Report on vaccination in Madras 1922-1929 - 1922-1929
Year: 1922
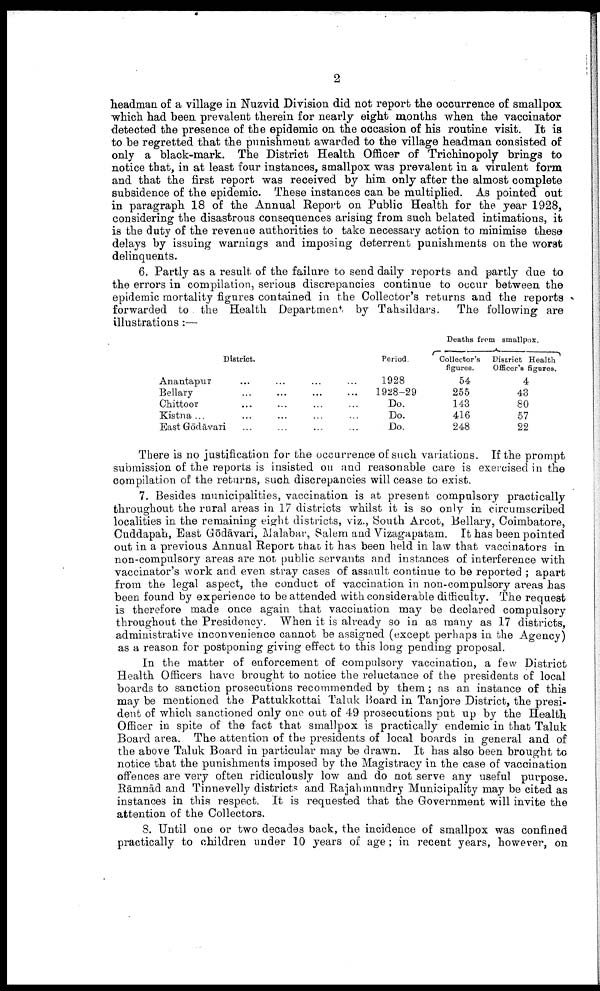
2
headman of a village in Nuzvid Division did not report the occurrence of smallpox
which had been prevalent therein for nearly eight months when the vaccinator
detected the presence of the epidemic on the occasion of his routine visit. It is
to be regretted that the punishment awarded to the village headman consisted of
only a black-mark. The District Health Officer of Trichinopoly brings to
notice that, in at least four instances, smallpox was prevalent in a virulent form
and that the first report was received by him only after the almost complete
subsidence of the epidemic. These instances can be multiplied. As pointed out
in paragraph 18 of the Annual Report on Public Health for the year 1928,
considering the disastrous consequences arising from such belated intimations, it
is the duty of the revenue authorities to take necessary action to minimise these
delays by issuing warnings and imposing deterrent punishments on the worst
delinquents.
6. Partly as a result of the failure to send daily reports and partly due to
the errors in compilation, serious discrepancies continue to occur between the
epidemic mortality figures contained in the Collector's returns and the reports
forwarded to the Health Department by Tahsildars. The following are
illustrations :—
District.
Anantapur ... ... ... ...
Bellary ... ... ... ...
Chittoor ... ... ... ...
Kistna ... ... ... ... ...
East Gōdāvari ... ... ... ...
Period.
1928
1928-29
Do.
Do.
Do.
Deaths from smallpox.
Collector's
figures.
54
255
143
416
248
District Health
Officer's figures.
4
43
80
57
22
There is no justification for the occurrence of such variations. If the prompt
submission of the reports is insisted on and reasonable care is exercised in the
compilation of the returns, such discrepancies will cease to exist.
7. Besides municipalities, vaccination is at present compulsory practically
throughout the rural areas in 17 districts whilst it is so only in circumscribed
localities in the remaining eight districts, viz., South Arcot, Bellary, Coimbatore,
Cuddapah, East Gōdāvari, Malabar, Salem and Vizagapatam. It has been pointed
out in a previous Annual Report that it has been held in law that vaccinators in
non-compulsory areas are not public servants and instances of interference with
vaccinator's work and even stray cases of assault continue to be reported ; apart
from the legal aspect, the conduct of vaccination in non-compulsory areas has
been found by experience to be attended with considerable difficulty. The request
is therefore made once again that vaccination may be declared compulsory
throughout the Presidency. When it is already so in as many as 17 districts,
administrative inconvenience cannot be assigned (except perhaps in the Agency)
as a reason for postponing giving effect to this long pending proposal.
In the matter of enforcement of compulsory vaccination, a few District
Health Officers have brought to notice the reluctance of the presidents of local
boards to sanction prosecutions recommended by them ; as an instance of this
may be mentioned the Pattukkottai Taluk Board in Tanjore District, the presi
dent of which sanctioned only one out of 49 prosecutions put up by the Health
Officer in spite of the fact that smallpox is practically endemic in that Taluk
Board area. The attention of the presidents of local boards in general and of
the above Taluk Board in particular may be drawn. It has also been brought to
notice that the punishments imposed by the Magistracy in the case of vaccination
offences are very often ridiculously low and do not serve any useful purpose.
Rāmnād and Tinnevelly districts and Rajahmundry Municipality may be cited as
instances in this respect. It is requested that the Government will invite the
attention of the Collectors.
8. Until one or two decades back, the incidence of smallpox was confined
practically to children under 10 years of age; in recent years, however, on